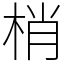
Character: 梢